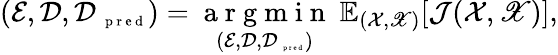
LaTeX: (\mathcal E,\mathcal D,\mathcal D_{\mathrm{~\scriptsize~p~r~e~d~}})=\underset{(\mathcal E,\mathcal D,\mathcal D_{\mathrm{~\tiny~p~r~e~d~}})}{\mathrm{~a~r~g~m~i~n~}}~\mathbb{E}_{(\mathcal X,\mathscr X)}[\mathcal J(\mathcal X,\mathscr X)],